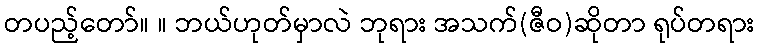
တပည့်တော်။ ။ ဘယ်ဟုတ်မှာလဲ ဘုရား အသက်(ဇီဝ)ဆိုတာ ရုပ်တရား